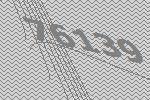
76139